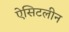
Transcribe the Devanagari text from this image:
ऐसिटलीन